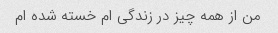
من از همه چیز در زندگی ام خسته شده ام